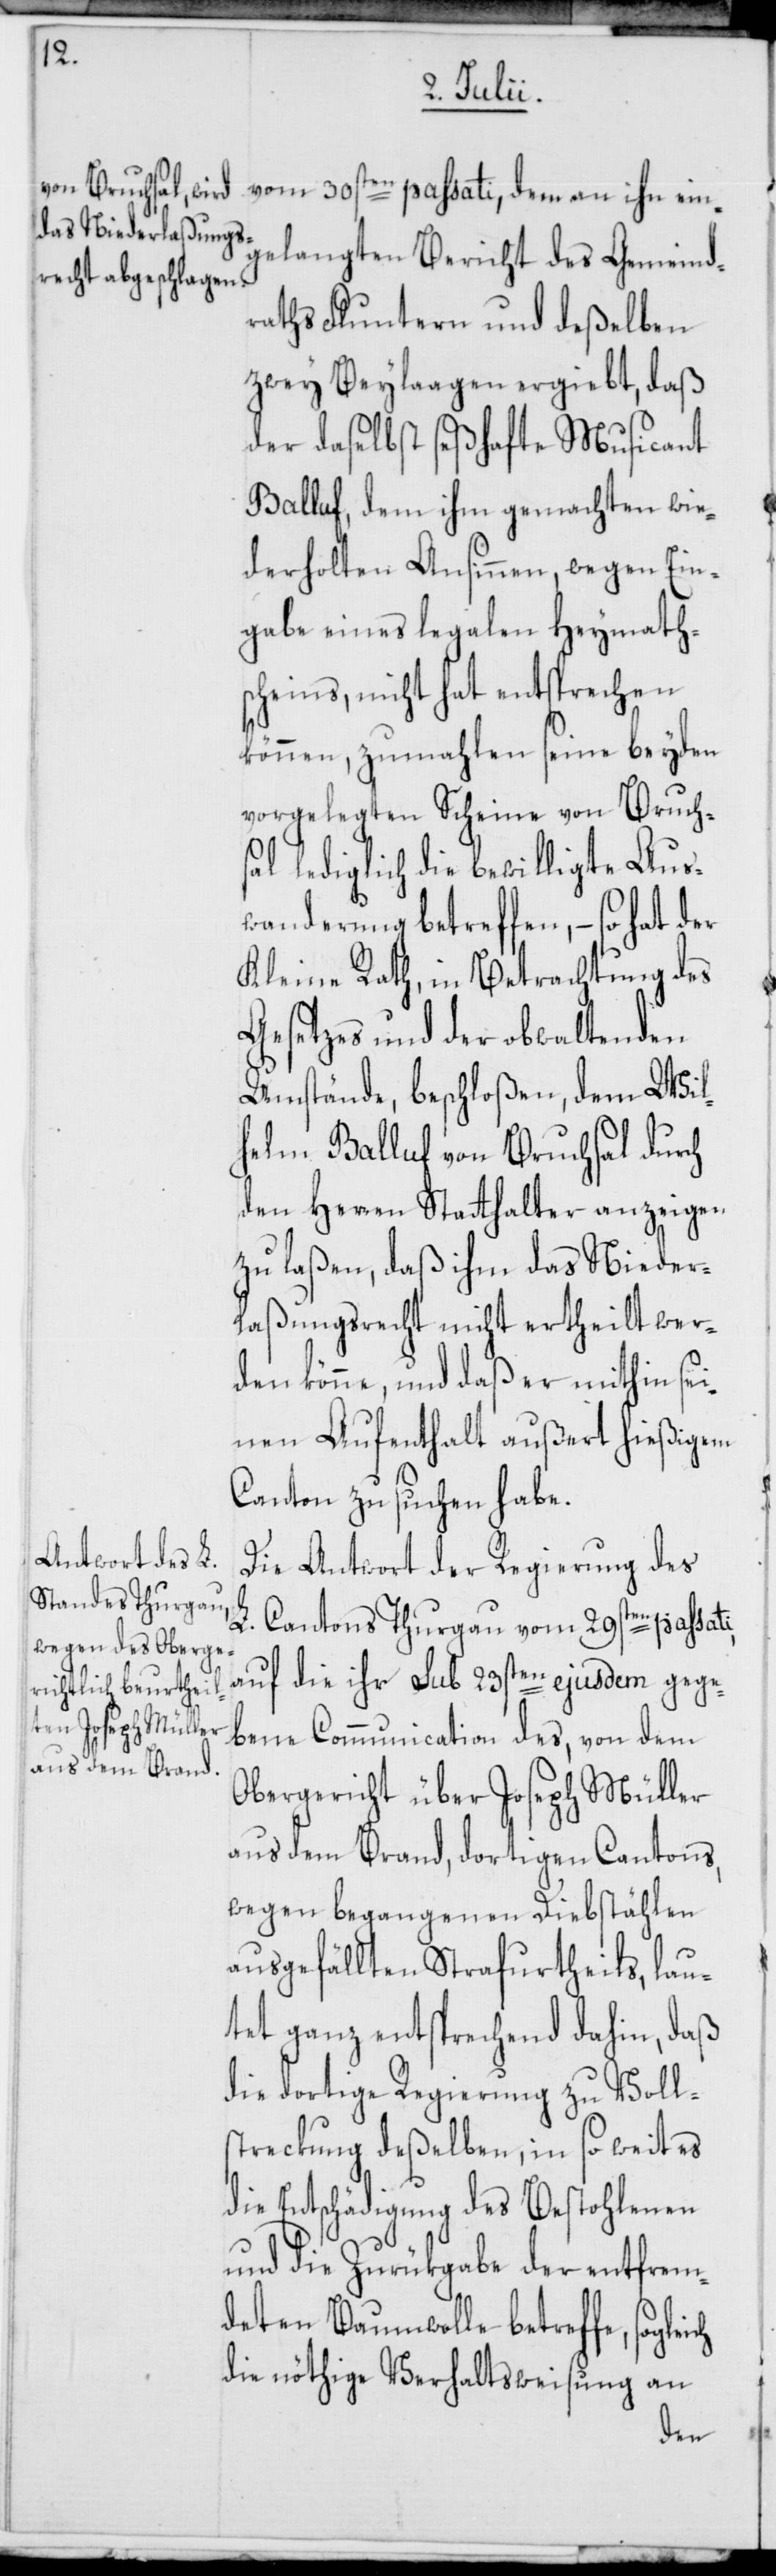
ch

vom 30sten passati, dem an ihn ein¬
gelangten Bericht des Gemeind¬
raths Fluntern und deßelben
zwey Beylaagen ergiebt, daß
der daselbst seßhafte Musicant
Balluf, dem ihm gemachten wie¬
derholten Ansinnen wegen Ein¬
gabe eines legalen Heymath¬
scheins, nicht hat entsprechen
können, zumahlen seine beyden
vorgelegten Scheine von Bruch¬
sal lediglich die bewilligte Aus¬
wanderung betreffen, – so hat der
Kleine Rath, in Betrachtung des
Gesetzes und der obwaltenden
Umstände, beschloßen, dem Wil¬
helm Balluf von Bruchsal durch
den Herren Statthalter anzeigen
zu laßen, daß ihm das Nieder¬
laßungsrecht nicht ertheilt wer¬
den könne, und daß er mithin sei¬
nen Aufenthalt außert hießigem
Canton zu suchen habe.
Die Antwort der Regierung des
L. Cantons Thurgau vom 29sten passati,
auf die ihr sub 23sten ejusdem gege¬
bene Communication des, von dem
Obergericht über Joseph Müller
aus dem Brand, dortigen Cantons,
wegen begangenen Diebstählen
ausgefällten Strafurtheils, lau¬
tet ganz entsprechend dahin, daß
die dortige Regierung zu Voll¬
streckung deßelben, in so weit es
die Entschädigung des Bestohlenen
und die Zurükgabe der entfrem¬
deten Baumwolle betreffe, soglei¬
die nöthige Verhaltsweisung an